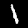
Label: 1